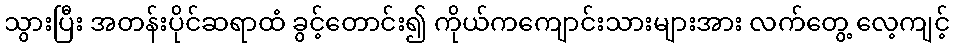
သွားပြီး အတန်းပိုင်ဆရာထံ ခွင့်တောင်း၍ ကိုယ်ကကျောင်းသားများအား လက်တွေ့ လေ့ကျင့်